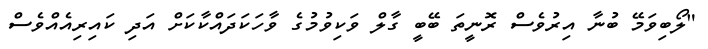
"ލޯބިވަމޭ ބުނާ އިރުވެސް ރޮނީތަ ބޭބީ ގާލް ވަކިވުމުގެ ވާހަކަދައްކާކަށް އަދި ކައިރިއެއްވެސް